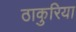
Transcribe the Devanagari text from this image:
ठाकुरिया